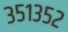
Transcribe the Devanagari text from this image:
३५१३५२